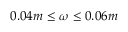
0 . 0 4 m \le \omega \le 0 . 0 6 m